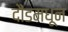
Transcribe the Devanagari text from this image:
दौंडमधून